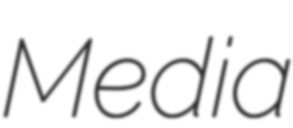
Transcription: Media